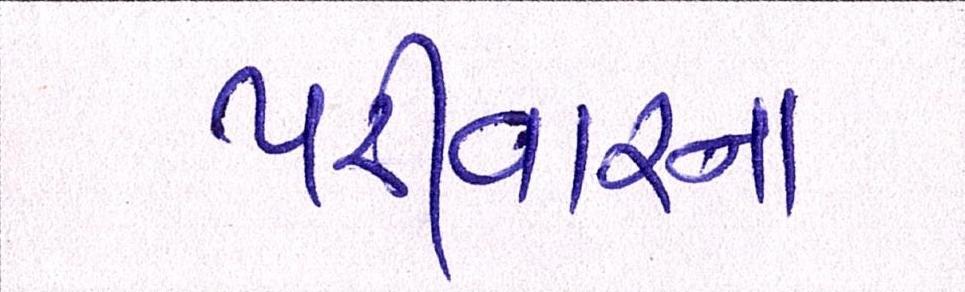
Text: પરીવારના